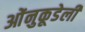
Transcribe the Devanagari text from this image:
ओंनुकूडेली